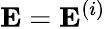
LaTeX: \mathbf{E}=\mathbf{E}^{(i)}